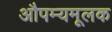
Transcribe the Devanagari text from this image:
औपम्यमूलक